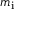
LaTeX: m _ { \mathrm { i } }